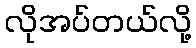
လိုအပ်တယ်လို့